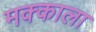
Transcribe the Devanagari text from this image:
मक्काला